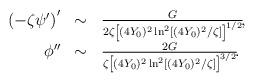
LaTeX: \begin{align*}\begin{array}{rcl}\left(- \zeta\psi'\right)' & \sim &{G \over 2 \zeta\left[ (4Y_0)^2 \ln^2 [ (4Y_0)^2/\zeta] \right]^{1/2} }\!,\\\noalign{\vspace{0.2ex}}\phi'' & \sim &{2G \over\zeta \left[(4Y_0)^2 \ln^2 [ (4Y_0)^2/\zeta] \right]^{3/2} }\!.\end{array}\end{align*}